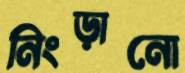
নিংড়ানো